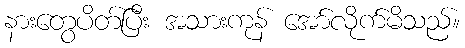
နားတွေပိတ်ပြီး အသားကုန် အော်လိုက်မိသည်။